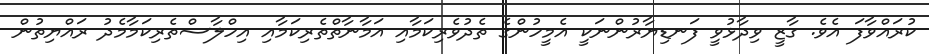
ކުރައްވާފަ އެވެ. ގާޒީ ވިދާޅުވީ ފަނޑިޔާރުންނަކީ އެމީހުންގެ ތެދުވެރިކަމާއި އަމާނާތްތެރިކަމާއި އިހްލާސްތެރިކަމާމެދު ރައްޔިތުން